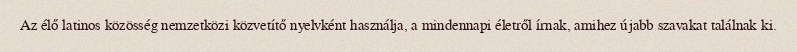
Az élő latinos közösség nemzetközi közvetítő nyelvként használja, a mindennapi életről írnak, amihez újabb szavakat találnak ki.